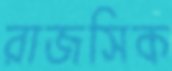
রাজসিক